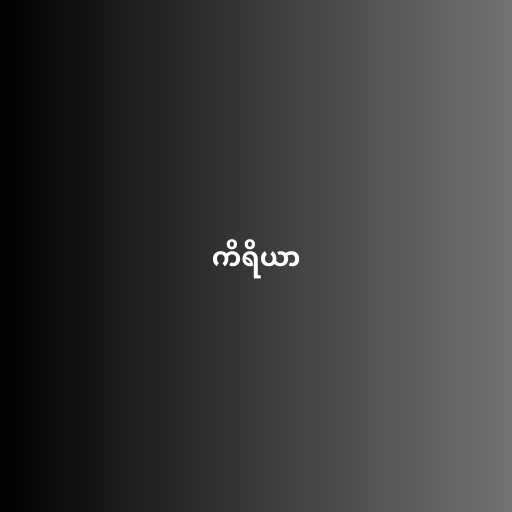
ကိရိယာ